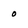
Character: o